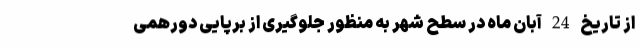
از تاریخ 24 آبان ماه در سطح شهر به منظور جلوگیری از برپایی دورهمی